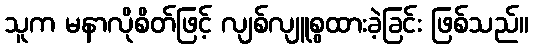
သူက မနာလိုစိတ်ဖြင့် လျစ်လျူစွထားခဲ့ခြင်း ဖြစ်သည်။